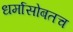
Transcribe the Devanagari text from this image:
धर्मासोबतच